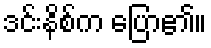
ဒင်းနိစ်က ပြော၏။